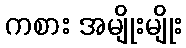
ကစား အမျိုးမျိုး